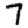
Digit: 7